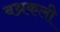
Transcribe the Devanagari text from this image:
बथ्रकली